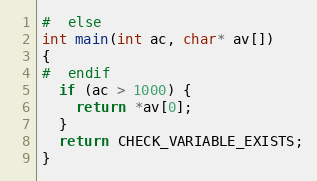
Language: C
#  else
int main(int ac, char* av[])
{
#  endif
  if (ac > 1000) {
    return *av[0];
  }
  return CHECK_VARIABLE_EXISTS;
}